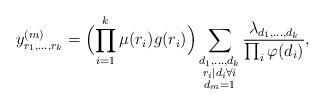
LaTeX: \begin{align*}y^{(m)}_{r_1,\ldots,r_k}=\Bigl(\prod_{i=1}^k\mu(r_i)g(r_i)\Bigr)\sum_{\substack{d_1,\ldots,d_k\\r_i\mid d_i\forall i\\d_m=1}}\frac{\lambda_{d_1,\ldots,d_k}}{\prod_i\varphi(d_i)},\end{align*}